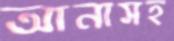
আনাসহ